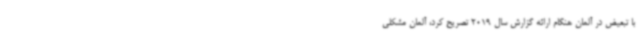
با تبعیض در آلمان هنگام ارائه گزارش سال 2019 تصریح کرد، آلمان مشکلی